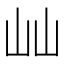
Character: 屾